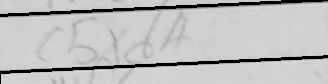
Transcription: cxd4